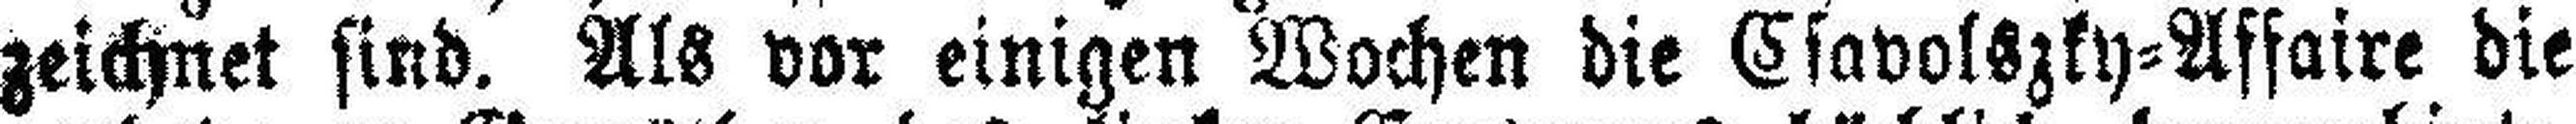
zeichnet sind. Als vor einigen Wochen die Csavolszky=Affaire die